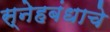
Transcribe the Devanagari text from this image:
स्नेहबंधाचे